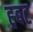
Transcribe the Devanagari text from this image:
ह्र्बट